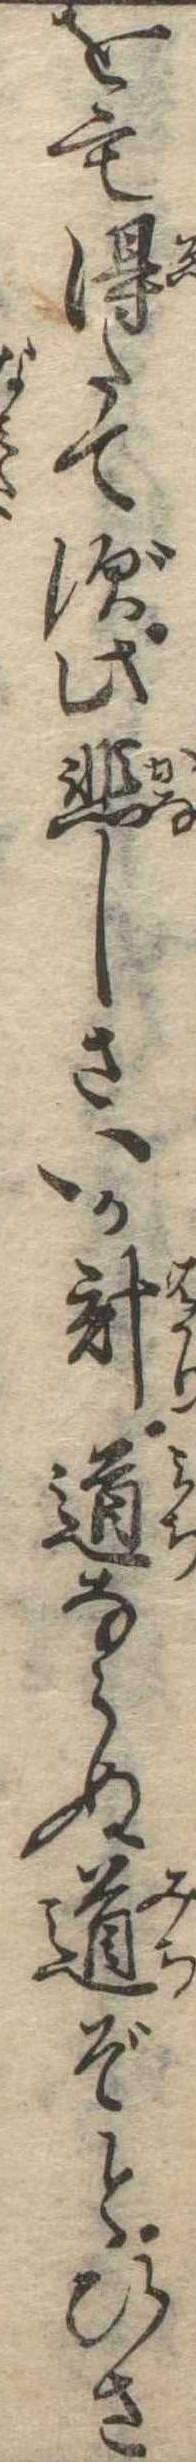
をも得たてず此悲しさいか計道ならぬ道ぞとひさ